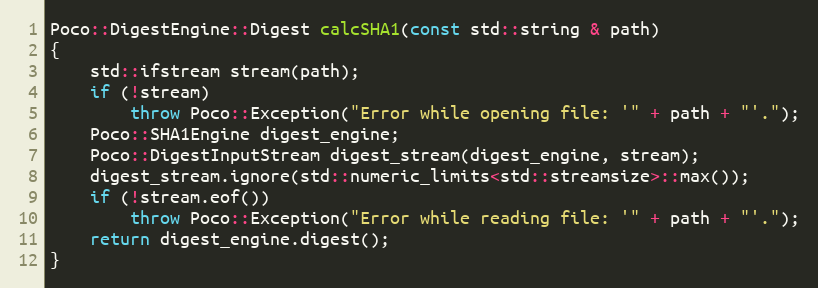
Language: C++
Poco::DigestEngine::Digest calcSHA1(const std::string & path)
{
    std::ifstream stream(path);
    if (!stream)
        throw Poco::Exception("Error while opening file: '" + path + "'.");
    Poco::SHA1Engine digest_engine;
    Poco::DigestInputStream digest_stream(digest_engine, stream);
    digest_stream.ignore(std::numeric_limits<std::streamsize>::max());
    if (!stream.eof())
        throw Poco::Exception("Error while reading file: '" + path + "'.");
    return digest_engine.digest();
}